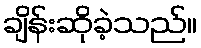
ချိန်းဆိုခဲ့သည်။